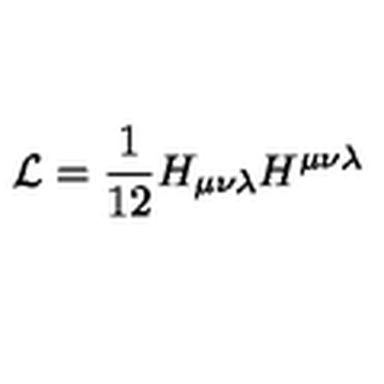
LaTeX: { \cal { L } } = \frac { 1 } { 1 2 } H _ { \mu \nu \lambda } H ^ { \mu \nu \lambda }